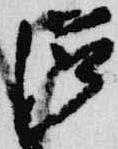
滋